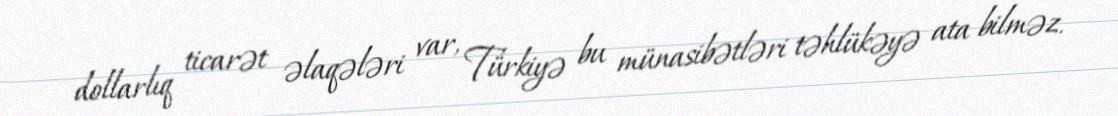
dollarlıq ticarət əlaqələri var, Türkiyə bu münasibətləri təhlükəyə ata bilməz.